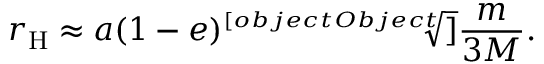
r _ { \mathrm { H } } \approx a ( 1 - e ) { \sqrt [ [object Object] ] { \frac { m } { 3 M } } } .